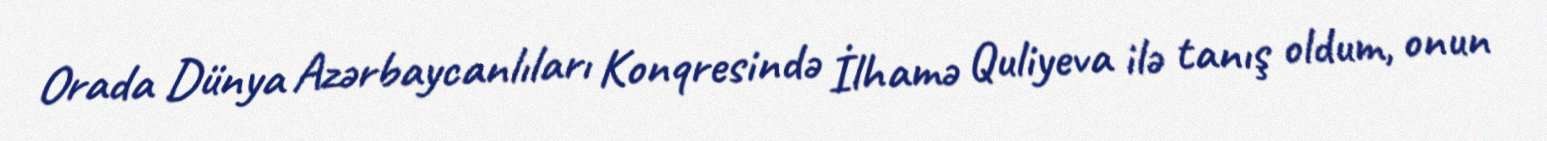
Orada Dünya Azərbaycanlıları Konqresində İlhamə Quliyeva ilə tanış oldum, onun